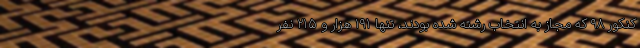
کنکور ۹۸ که مجاز به انتخاب رشته شده بودند، تنها ۱۹۱ هزار و ۲۱۵ نفر